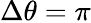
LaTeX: \Delta\theta=\pi